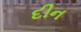
દીન